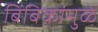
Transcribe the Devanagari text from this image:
बिंबिकांमुळे